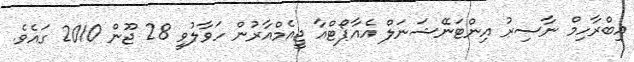
އިބްރާހިމް ނާސިރު އިންޓަނޭޝަނަލް އެއާޕޯޓްއާ ޖީއެމްއާރުން ހަވާލުވީ 28 ޖޫން 2010 ގައެވެ.